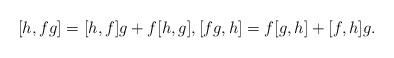
\begin{align*} [h,fg]=[h,f]g+f[h,g], [fg,h]=f[g,h]+[f,h]g.\end{align*}